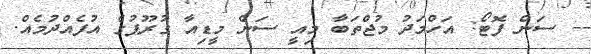
-- ސަން ފޮޓޯ: އަހްމަދު މުޖްތަބާ މިއީ ސަން މީޑިއާ ގުރޫޕުގެ އުފެއްދުމެއް.